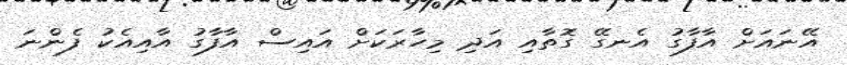
އޭނައަށް އާފާގު އެނގޭ ގޮތާއި އަދި މިހާރަކަށް އައިސް އާފާގު އާއިއެކު ފެންނަ